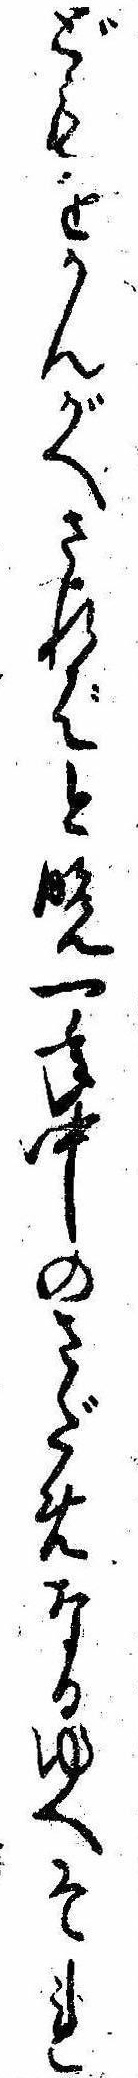
どもをかんがへされば今晩一年中のさだめなるゆへそれ